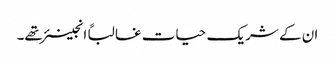
ان کے شریک حیات غالباً انجینئر تھے۔